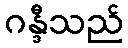
ဂန္ဒီသည်